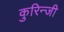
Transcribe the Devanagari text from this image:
कुरिन्‍जी